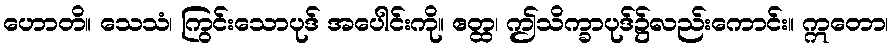
ဟောတိ။ သေသံ၊ ကြွင်းသောပုဒ် အပေါင်းကို။ ဧတ္ထ၊ ဤသိက္ခာပုဒ်၌လည်းကောင်း။ ဣတော၊